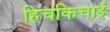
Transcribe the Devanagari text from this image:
हिचकिचाईं